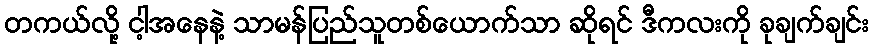
တကယ်လို့ ငါ့အနေနဲ့ သာမန်ပြည်သူတစ်ယောက်သာ ဆိုရင် ဒီကလးကို ခုချက်ချင်း